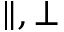
\parallel , \perp